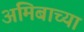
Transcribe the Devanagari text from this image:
अमिबाच्या